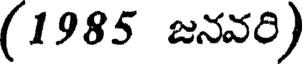
(1985 జనవరి)